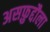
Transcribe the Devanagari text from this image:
असफ़ुद्दौला